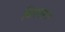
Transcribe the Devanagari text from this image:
बिस्तर।